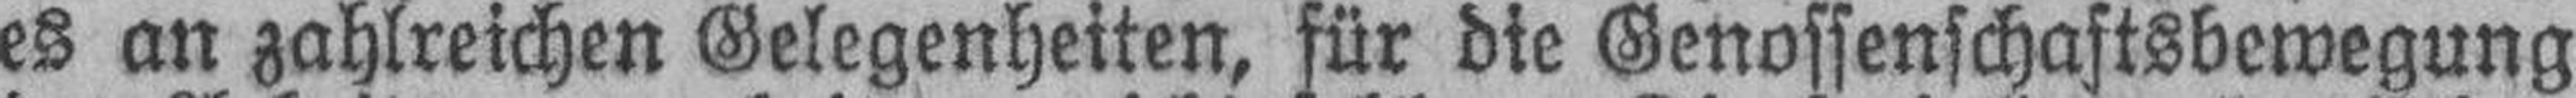
es an zahlreichen Gelegenheiten, für die Genossenschaftsbewegung